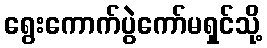
ရွေးကောက်ပွဲကော်မရှင်သို့